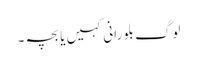
لوگ بلو رانی کہیں یا بچہ ۔